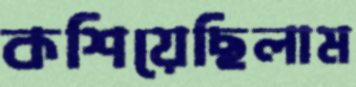
কশিয়েছিলাম